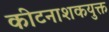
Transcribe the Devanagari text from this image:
कीटनाशकयुक्त